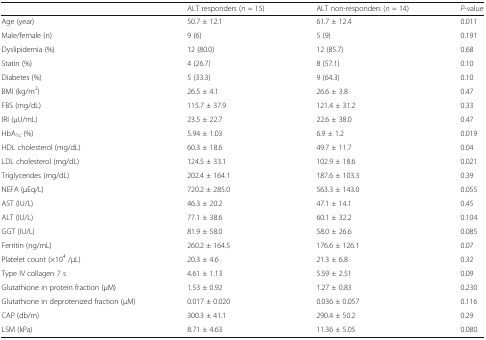
<table><thead><tr><td></td><td><b>ALT responders (<i>n</i> = 15)</b></td><td><b>ALT non-responders (<i>n</i> = 14)</b></td><td><b><i>P</i>-value</b></td></tr></thead><tbody><tr><td>Age (year)</td><td>50.7 ± 12.1</td><td>61.7 ± 12.4</td><td>0.011</td></tr><tr><td>Male/female (n)</td><td>9 (6)</td><td>5 (9)</td><td>0.191</td></tr><tr><td>Dyslipidemia (%)</td><td>12 (80.0)</td><td>12 (85.7)</td><td>0.68</td></tr><tr><td>Statin (%)</td><td>4 (26.7)</td><td>8 (57.1)</td><td>0.10</td></tr><tr><td>Diabetes (%)</td><td>5 (33.3)</td><td>9 (64.3)</td><td>0.10</td></tr><tr><td>BMI (kg/m<sup>2</sup>)</td><td>26.5 ± 4.1</td><td>26.6 ± 3.8</td><td>0.47</td></tr><tr><td>FBS (mg/dL)</td><td>115.7 ± 37.9</td><td>121.4 ± 31.2</td><td>0.33</td></tr><tr><td>IRI (μU/mL)</td><td>23.5 ± 22.7</td><td>22.6 ± 38.0</td><td>0.47</td></tr><tr><td>HbA<sub>1c</sub> (%)</td><td>5.94 ± 1.03</td><td>6.9 ± 1.2</td><td>0.019</td></tr><tr><td>HDL cholesterol (mg/dL)</td><td>60.3 ± 18.6</td><td>49.7 ± 11.7</td><td>0.04</td></tr><tr><td>LDL cholesterol (mg/dL)</td><td>124.5 ± 33.1</td><td>102.9 ± 18.6</td><td>0.021</td></tr><tr><td>Triglycerides (mg/dL)</td><td>202.4 ± 164.1</td><td>187.6 ± 103.3</td><td>0.39</td></tr><tr><td>NEFA (μEq/L)</td><td>720.2 ± 285.0</td><td>563.3 ± 143.0</td><td>0.055</td></tr><tr><td>AST (IU/L)</td><td>46.3 ± 20.2</td><td>47.1 ± 14.1</td><td>0.45</td></tr><tr><td>ALT (IU/L)</td><td>77.1 ± 38.6</td><td>60.1 ± 32.2</td><td>0.104</td></tr><tr><td>GGT (IU/L)</td><td>81.9 ± 58.0</td><td>58.0 ± 26.6</td><td>0.085</td></tr><tr><td>Ferritin (ng/mL)</td><td>260.2 ± 164.5</td><td>176.6 ± 126.1</td><td>0.07</td></tr><tr><td>Platelet count (×10<sup>4</sup> /μL)</td><td>20.3 ± 4.6</td><td>21.3 ± 6.8</td><td>0.32</td></tr><tr><td>Type IV collagen 7 s</td><td>4.61 ± 1.13</td><td>5.59 ± 2.51</td><td>0.09</td></tr><tr><td>Glutathione in protein fraction (μM)</td><td>1.53 ± 0.92</td><td>1.27 ± 0.83</td><td>0.230</td></tr><tr><td>Glutathione in deprotenized fraction (μM)</td><td>0.017 ± 0.020</td><td>0.036 ± 0.057</td><td>0.116</td></tr><tr><td>CAP (db/m)</td><td>300.3 ± 41.1</td><td>290.4 ± 50.2</td><td>0.29</td></tr><tr><td>LSM (kPa)</td><td>8.71 ± 4.63</td><td>11.36 ± 5.05</td><td>0.080</td></tr></tbody></table>